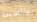
والصحة